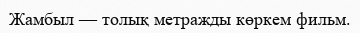
Жамбыл — толық метражды көркем фильм.